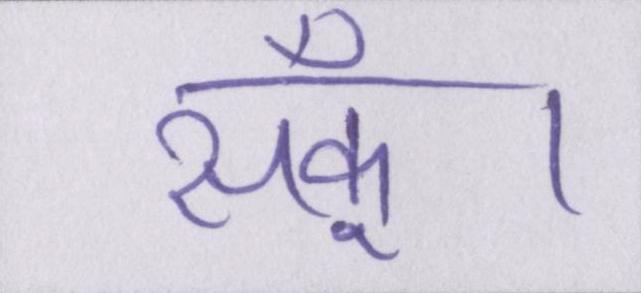
सकूँ।